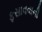
ફસાવવાની